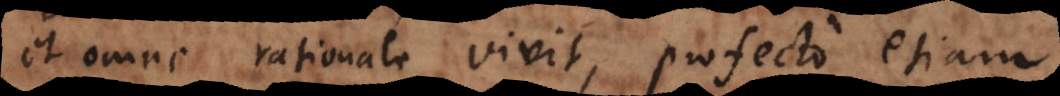
et omne rationale vivit, profecto etiam